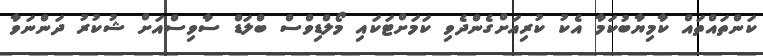
ކަންތައްތައް ކާމިޔާބުކަމާ އެކު ކުރިއަށްގެންދެވި ކަމަށްޓަކައި މޯލްޑިވްސް ބްލަޑް ސާވިސްއަށް ޝުކުރު ދަންނަވާ